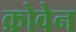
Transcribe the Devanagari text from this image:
क्रोवेन